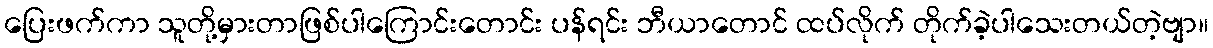
ပြေးဖက်ကာ သူတို့မှားတာဖြစ်ပါကြောင်းတောင်း ပန်ရင်း ဘီယာတောင် ထပ်လိုက် တိုက်ခဲ့ပါသေးတယ်တဲ့ဗျာ။